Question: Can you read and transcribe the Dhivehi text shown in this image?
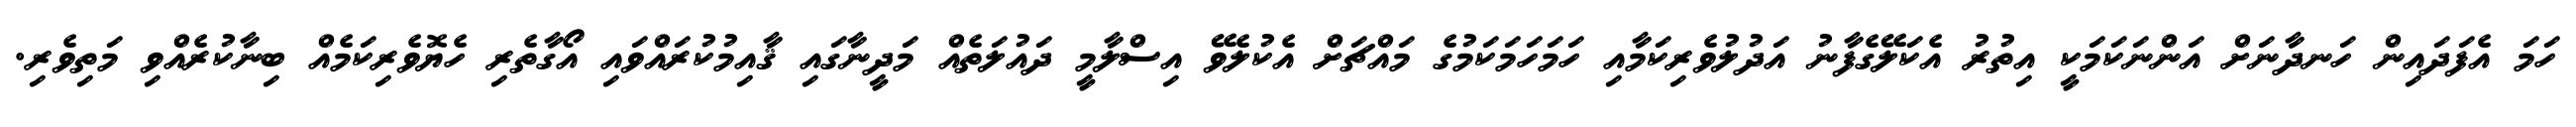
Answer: ހަމަ އެފަދައިން ހަނދާނަށް އަންނަކަމަކީ އިތުރު އެކަލޭގެފާނު އަދުލުވެރިކަމާއި ހަމަހަމަކަމުގެ މައްޗަށް އެކުލެވޭ އިސްލާމީ ދައުލަތެއް މަދީނާގައި ޤާއިމުކުރައްވައި އޯގާތެރި ހެޔޮވެރިކަމެއް ބިނާކުރެއްވި މަތިވެރި.